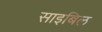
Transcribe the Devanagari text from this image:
साइबिल